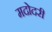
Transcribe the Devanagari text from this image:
मदोदरी